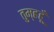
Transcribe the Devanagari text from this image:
तुम्हहूँ